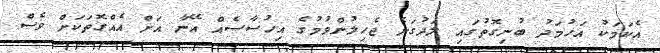
އެކަމަކު އަހުމަދު ބުނިގޮތުގައި ލަދުގަނެ ޖެހިލުންވުމުގެ އިހުސާސެއް އޭނާ އަށް އެއްގޮތަކަށް ވެސް